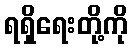
ရရှိရေးတို့ကို